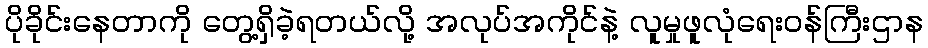
ပိုခိုင်းနေတာကို တွေ့ရှိခဲ့ရတယ်လို့ အလုပ်အကိုင်နဲ့ လူမှုဖူလုံရေးဝန်ကြီးဌာန